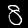
Label: 8